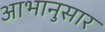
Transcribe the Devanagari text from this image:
आभानुसार